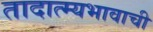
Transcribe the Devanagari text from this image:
तादात्म्यभावाची